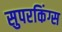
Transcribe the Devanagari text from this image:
सुपरकिंग्स